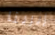
إيرينا